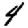
Digit: 4